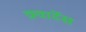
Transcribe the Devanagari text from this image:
क़्वार्टेस